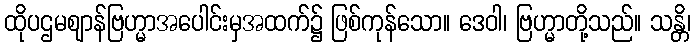
ထိုပဌမဈာန်ဗြဟ္မာအပေါင်းမှအထက်၌ ဖြစ်ကုန်သော။ ဒေဝါ၊ ဗြဟ္မာတို့သည်။ သန္တိ၊